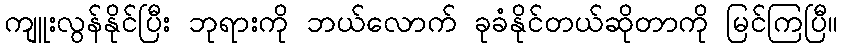
ကျူးလွန်နိုင်ပြီး ဘုရားကို ဘယ်လောက် ခုခံနိုင်တယ်ဆိုတာကို မြင်ကြပြီ။